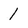
Character: 1